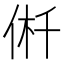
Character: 𠉟